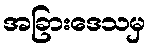
အခြားဒေသမှ